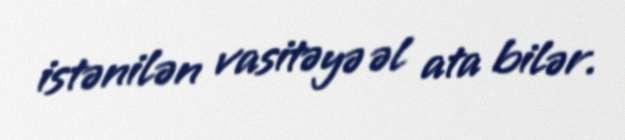
istənilən vasitəyə əl ata bilər.